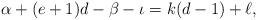
LaTeX: \begin{align*}\alpha+(e+1)d-\beta-\iota=k(d-1)+\ell,\end{align*}